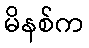
မိနစ်က